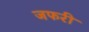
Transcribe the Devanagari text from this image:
जफरी